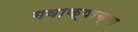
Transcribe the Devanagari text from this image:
गवाक्षाच्या